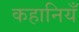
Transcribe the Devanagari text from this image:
कहानियँ